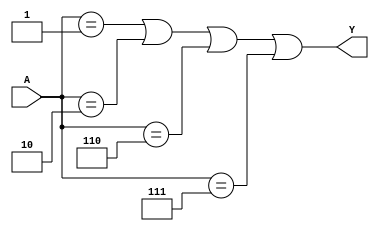
module combinational_logic (
    input wire [2:0] A, // 3-bit input
    output wire Y       // Output
);

// Define the logic function with don't care conditions
// Let's assume our truth table is as follows:
// A | Y
// 000 | 0
// 001 | 1
// 010 | 1
// 011 | X (Don't Care)
// 100 | 0
// 101 | X (Don't Care)
// 110 | 1
// 111 | 1

// Using don't care conditions to simplify the logic
assign Y = (A == 3'b001) ||  // Output 1 for input 001
           (A == 3'b010) ||  // Output 1 for input 010
           (A == 3'b110) ||  // Output 1 for input 110
           (A == 3'b111);    // Output 1 for input 111 (using don't care)

endmodule